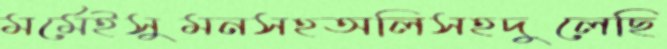
মর্মেইসুমনসহঅলিসহদুলেছি